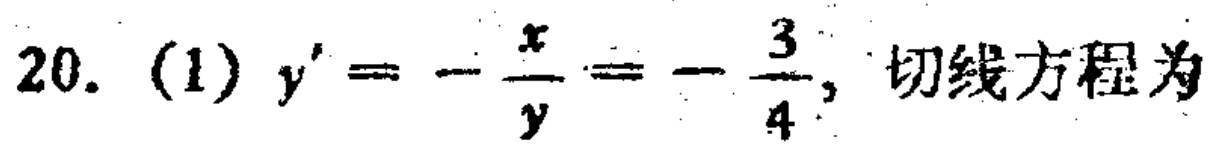
20. (1) \(y' = -\frac{x}{y}=-\frac{3}{4}\), 切线方程为